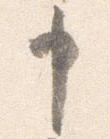
申